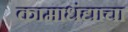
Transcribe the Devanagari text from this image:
कामाधंद्याचा